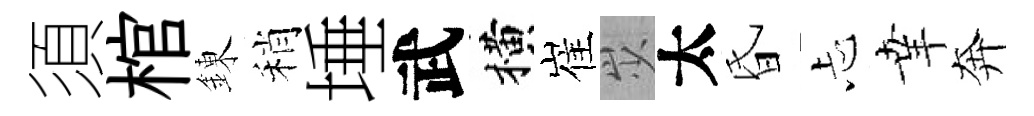
須棺錬稍埵武横崔𡵯太昏忐𦍒奔